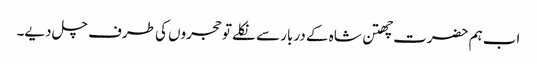
اب ہم حضرت چھتن شاہ کے دربار سے نکلے تو حجروں کی طرف چل دیے۔